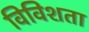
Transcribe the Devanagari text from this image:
विविशता